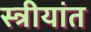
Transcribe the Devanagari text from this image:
स्त्रीयांत